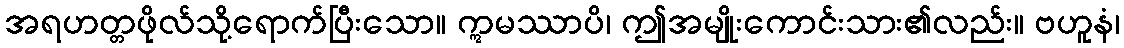
အရဟတ္တဖိုလ်သို့ရောက်ပြီးသော။ ဣမဿာပိ၊ ဤအမျိုးကောင်းသား၏လည်း။ ဗဟူနံ၊